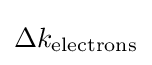
\Delta k_{\mathrm {electrons} }